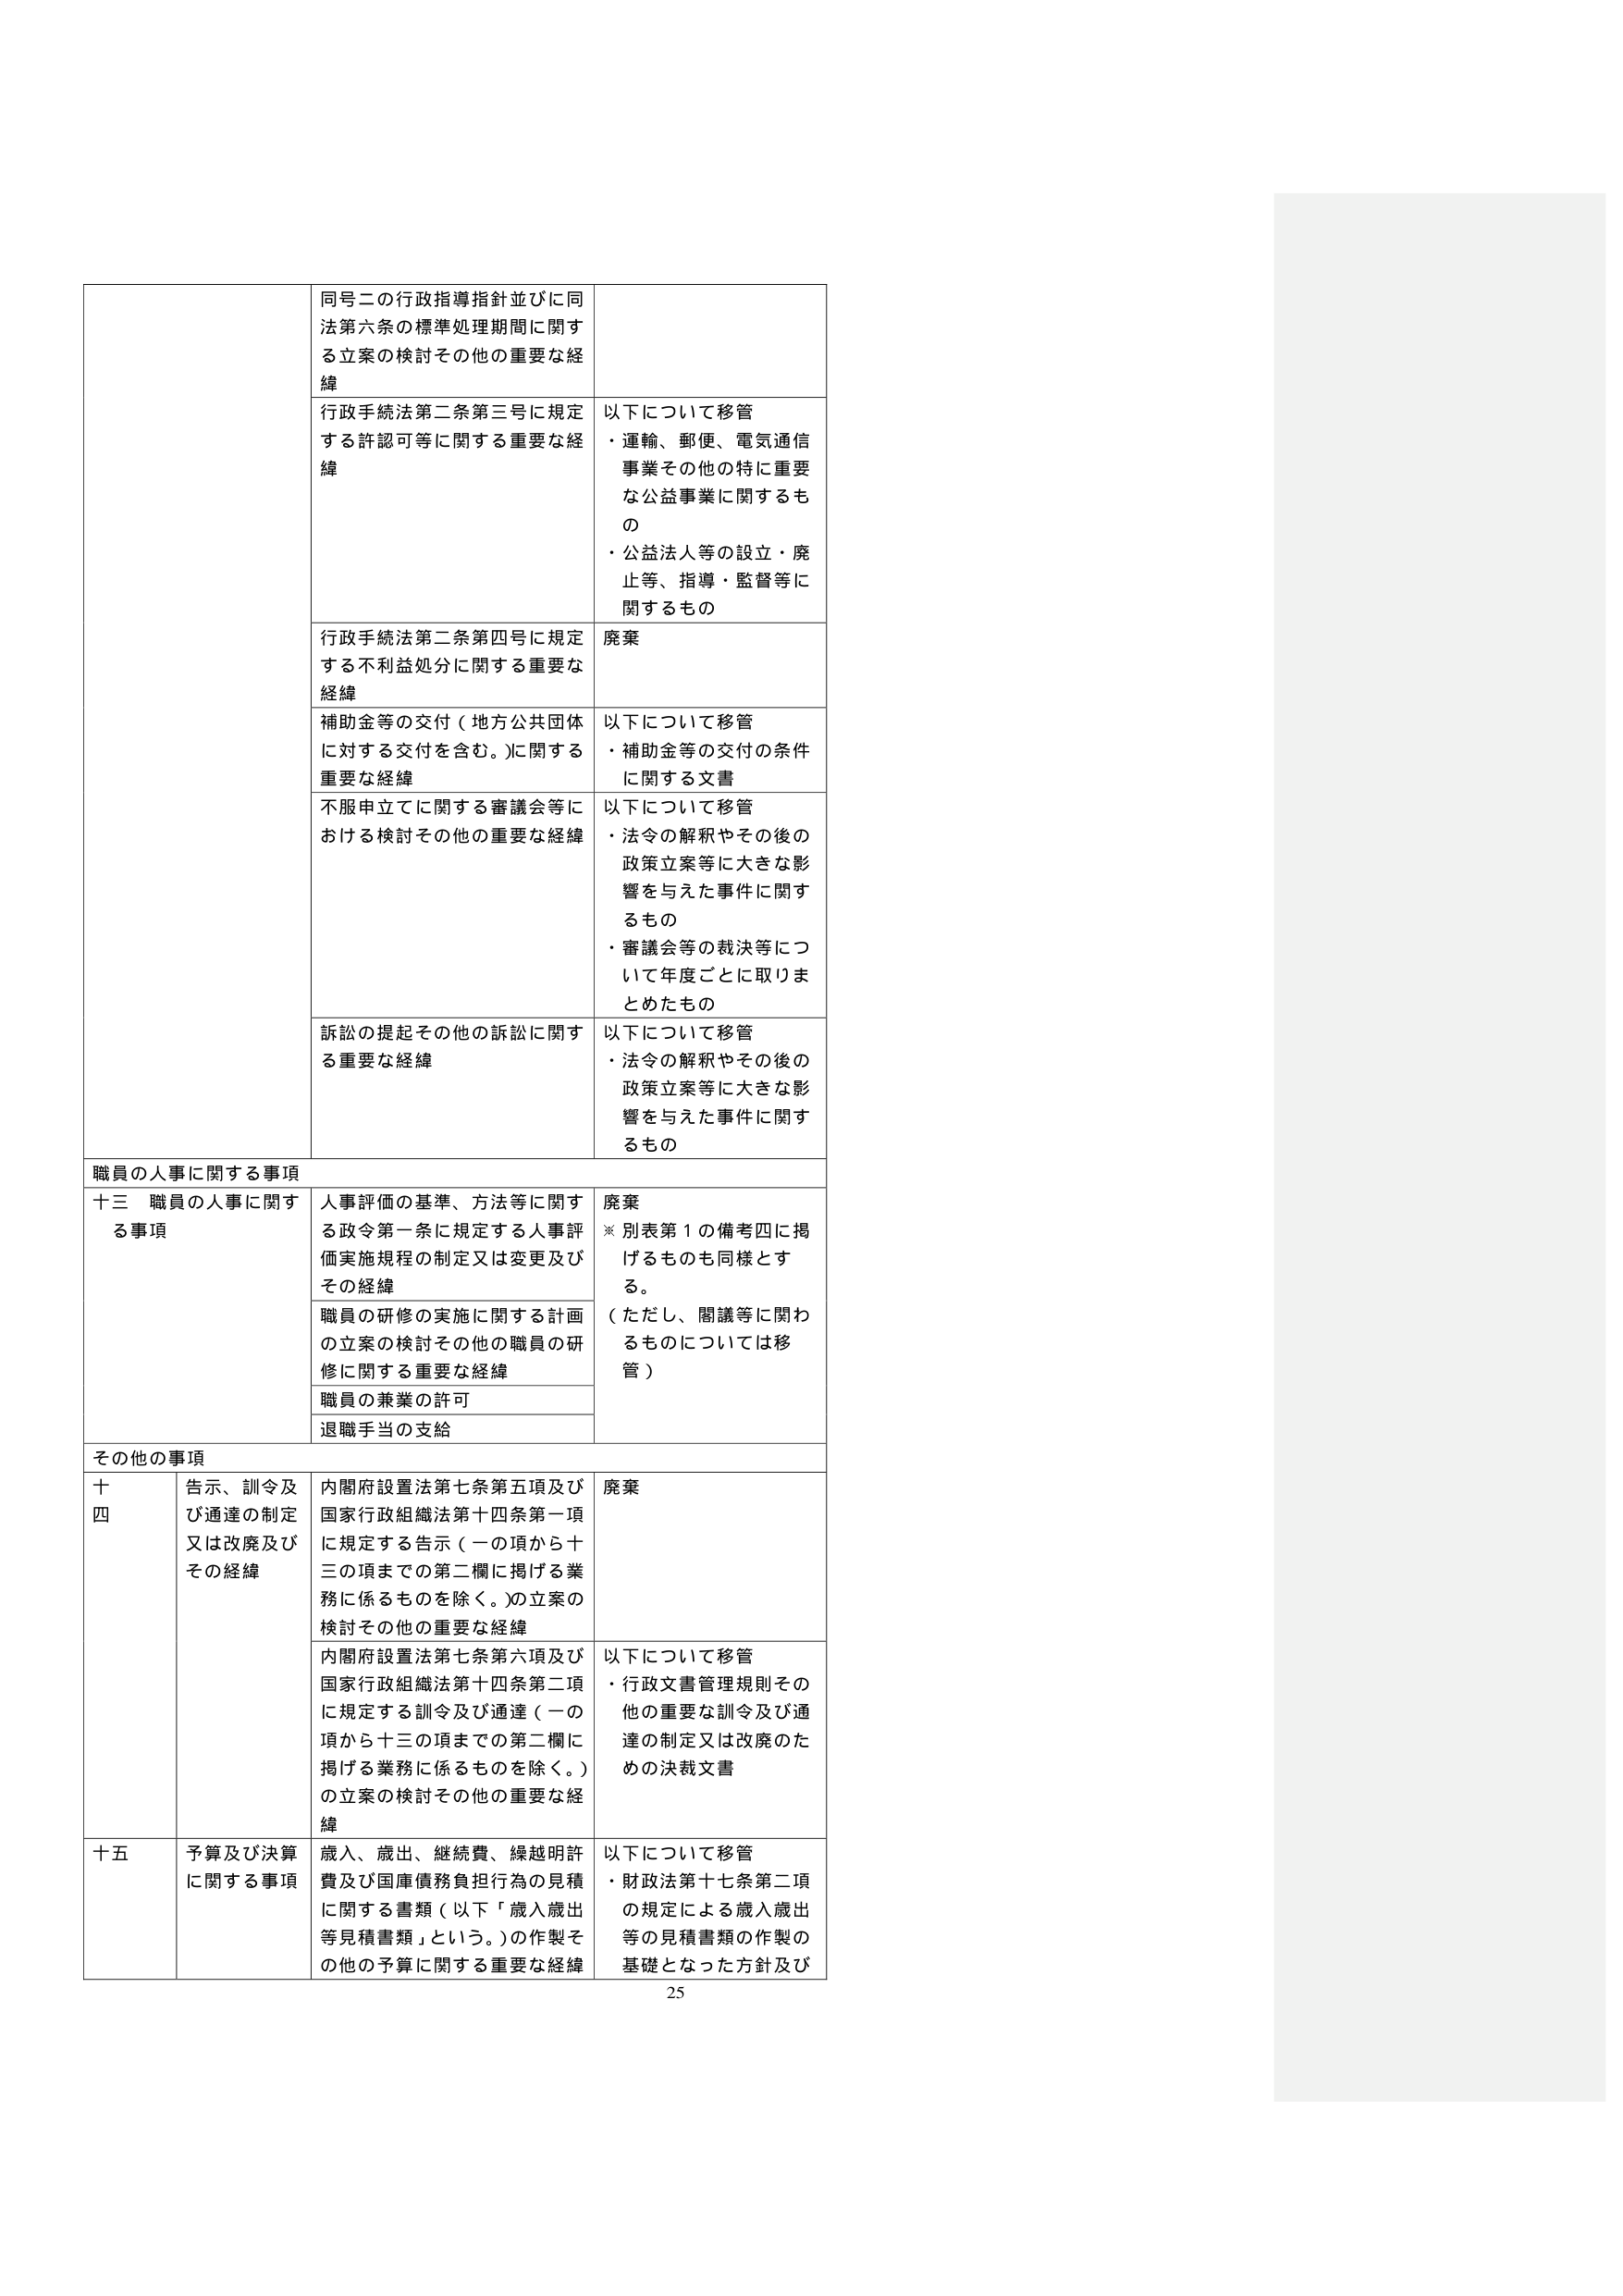
同号二の行政指導指針並びに同法第六条の標準処理期間に関する立案の検討その他の重要な経緯
行政手続法第二条第三号に規定する許認可等に関する重要な経緯
以下について移管
・運輸、郵便、電気通信事業その他の特に重要な公益事業に関するもの
・公益法人等の設立・廃止等、指導・監督等に関するもの
行政手続法第二条第四号に規定する不利益処分に関する重要な経緯
廃棄
補助金等の交付（地方公共団体に対する交付を含む。）に関する重要な経緯
以下について移管
・補助金等の交付の条件に関する文書
不服申立てに関する審議会等における検討その他の重要な経緯
以下について移管
・法令の解釈やその後の政策立案等に大きな影響を与えた事件に関するもの
・審議会等の裁決等について年度ごとに取りまとめたもの
訴訟の提起その他の訴訟に関する重要な経緯
以下について移管
・法令の解釈やその後の政策立案等に大きな影響を与えた事件に関するもの

職員の人事に関する事項
十三 職員の人事に関する事項
人事評価の基準、方法等に関する政令第一条に規定する人事評価実施規程の制定又は変更及びその経緯
廃棄
※別表第１の備考四に掲げるものの同様とする。
（ただし、閲覧等に関わるものについては移管）
職員の研修の実施に関する計画の立案の検討その他の職員の研修に関する重要な経緯
職員の兼業の許可
退職手当の支給

その他の事項
十四 告示、訓令及び通達の制定又は改廃及びその経緯
内閣府設置法第七条第五項及び国家行政組織法第十四条第一項に規定する告示（一の項から十三の項までの第二欄に掲げる業務に係るものを除く。）の立案の検討その他の重要な経緯
廃棄
内閣府設置法第七条第六項及び国家行政組織法第十四条第二項に規定する訓令及び通達（一の項から十三の項までの第二欄に掲げる業務に係るものを除く。）の立案の検討その他の重要な経緯
以下について移管
・行政文書管理規則その他の重要な訓令及び通達の制定又は改廃のための決裁文書
十五 予算及び決算に関する事項
歳入、歳出、継続費、繰越明許費及び国庫債務負担行為の見積に関する書類（以下「歳入歳出等見積書類」という。）の作製その他の予算に関する重要な経緯
以下について移管
・財政法第十七条第二項の規定による歳入歳出等の見積書類の作製の基礎となった方針及び

25